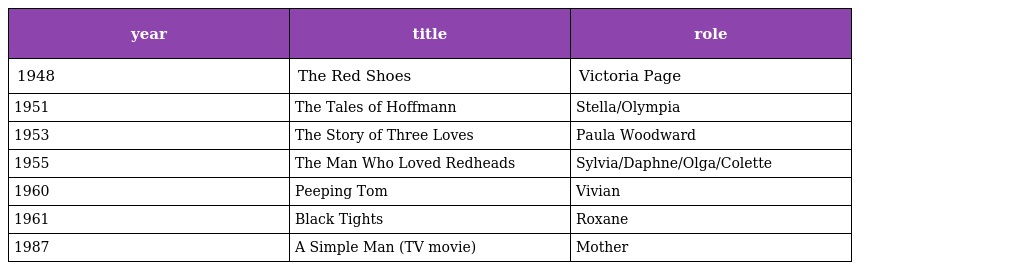
| year | title | role |
 | --- | --- | --- |
 | 1948 | The Red Shoes | Victoria Page |
 | 1951 | The Tales of Hoffmann | Stella/Olympia |
 | 1953 | The Story of Three Loves | Paula Woodward |
 | 1955 | The Man Who Loved Redheads | Sylvia/Daphne/Olga/Colette |
 | 1960 | Peeping Tom | Vivian |
 | 1961 | Black Tights | Roxane |
 | 1987 | A Simple Man (TV movie) | Mother |